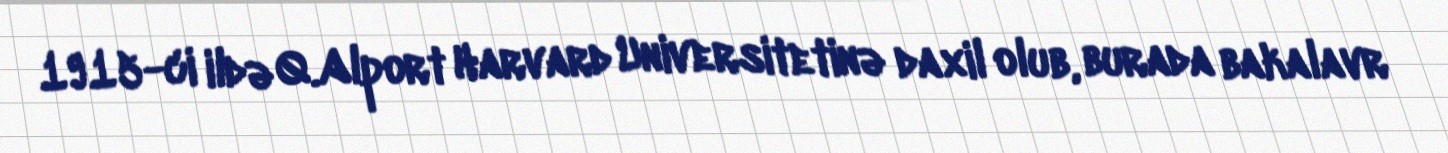
1915-ci ildə Q.Alport Harvard Universitetinə daxil olub, burada bakalavr